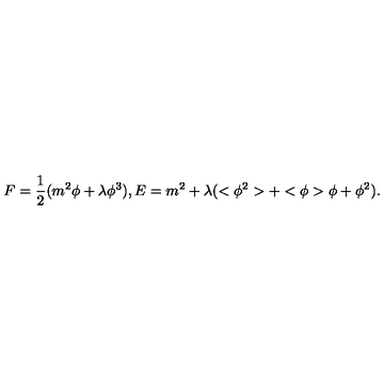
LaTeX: F = \frac { 1 } { 2 } ( m ^ { 2 } \phi + \lambda \phi ^ { 3 } ) , E = m ^ { 2 } + \lambda ( < \phi ^ { 2 } > + < \phi > \phi + \phi ^ { 2 } ) .